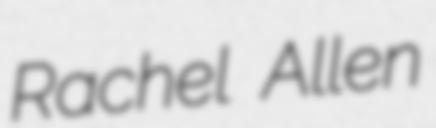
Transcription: Rachel Allen